Leaving Certificate Examination, 1919
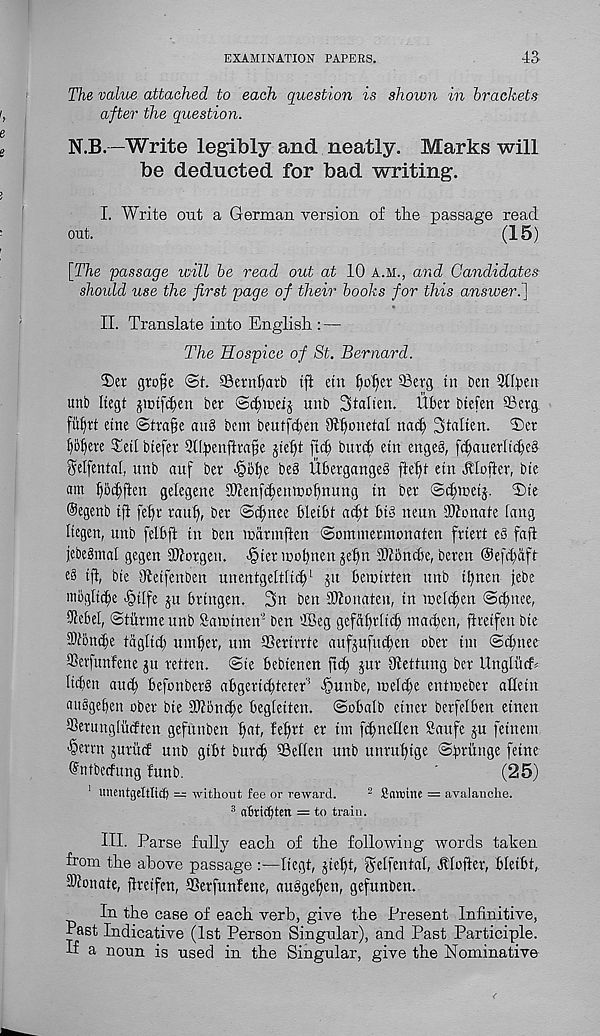
EXAMINATION PAPERS.
43-
The value attached to each question is shown in brackets
after the question.
N.B.—Write legibly and neatly. Marks will
be deducted for bad writing.
I. Write out a German version of the passage read
out.
(15)
[The passage will be read out at 10 a.m., and Candidates
should use the first page of their books for this answeri]
II. Translate into English : —
The Hospice of St. Bernard.
2)er gtofie @t. SBetnfyatb tft etn lionet 53erg in ben Qllpen
unb Itegt jictf^en bet @cipt)eij unb Stalien. liber btefen ©erg
fii^rt etne @tra§e an8 bem beutfiben
Ka<b SGhen. iDet
f)bf)ete Tetl btefer SUbenftra^e jiebt ficb butcb etn enges, iibauetItcbeS
^elfental, unb auf bet <§5^ be§ Ubetgange§ fte^t etn Uloftet, bte
am bmten gelegene ©lenfcbentnobnung in bet ©tbtcetj. ®te
©egenb tjl fef)r taut), bet ©i^nee bletbt ad^t bt§ neun STOonate fang
Itegen, unb felbft in ben matmften ©oinmetmonaten fttert e8 fail
jebegmal gegen iKotgen. <§tet mobnen jebn SDlbncbe, beren ®efd)aft
e§ tjl, bte fftetfenben unentgeftficb 1 ju bemirten unb tbnen jebe
mbgltibe ^tlfe ju brtngen. 3n ben 3)?onaten, in wefcben ©cbnee,
0fcbel, ©iittme unb Satntnen' 2 ben ©eg gefabtficf) tnad)en, fhttfett bte
Sficmtbe tagftcf) umber, um ffietitrie aufjuftuben obet tm ©(fmee
ffietfunfene jit retten. @te bebienen jtcb jut SHettung bet Unglitcf^
fiden amb beftmbeth tthgettcbteter’ 2 fbunbe, toeltbe entweber atfein
ansgeben obet bte ©fbntbe begfeiten. ©obafb etnct berfefben einen
Setungfiicften gefttnben bat, Mpt et tm fcbnellen fiaufe ju fetnent
^errn jutitcf unb gibt burcb ©effen unb untubige Sb^unge feine
©ntbecfung funb.
'
(25)
1 unentgeltltO) == without fee or reward.
2 Scittiite = avalanche.
3 atri^tcn = to train.
III. Parse fully each of the following words taken
from the above passage :—Itegt, jiebt, §elfental, Mofter, bleibt,-
ffllonate, fltetfen, ©erfunfene, ausgeben, gefunben.
In the case of each verb, give the Present Infinitive,
Past Indicative (1st Person Singular), and Past Participle.
If a noun is used in the Singular, give the Nominative